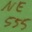
Text: NE555